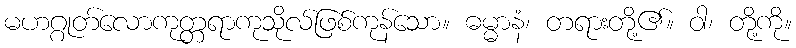
မဟဂ္ဂုတ်လောကုတ္တရာကုသိုလ်ဖြစ်ကုန်သော။ ဓမ္မာနံ၊ တရားတို့၏။ ဝါ၊ တို့ကို။